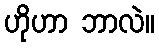
ဟိုဟာ ဘာလဲ။